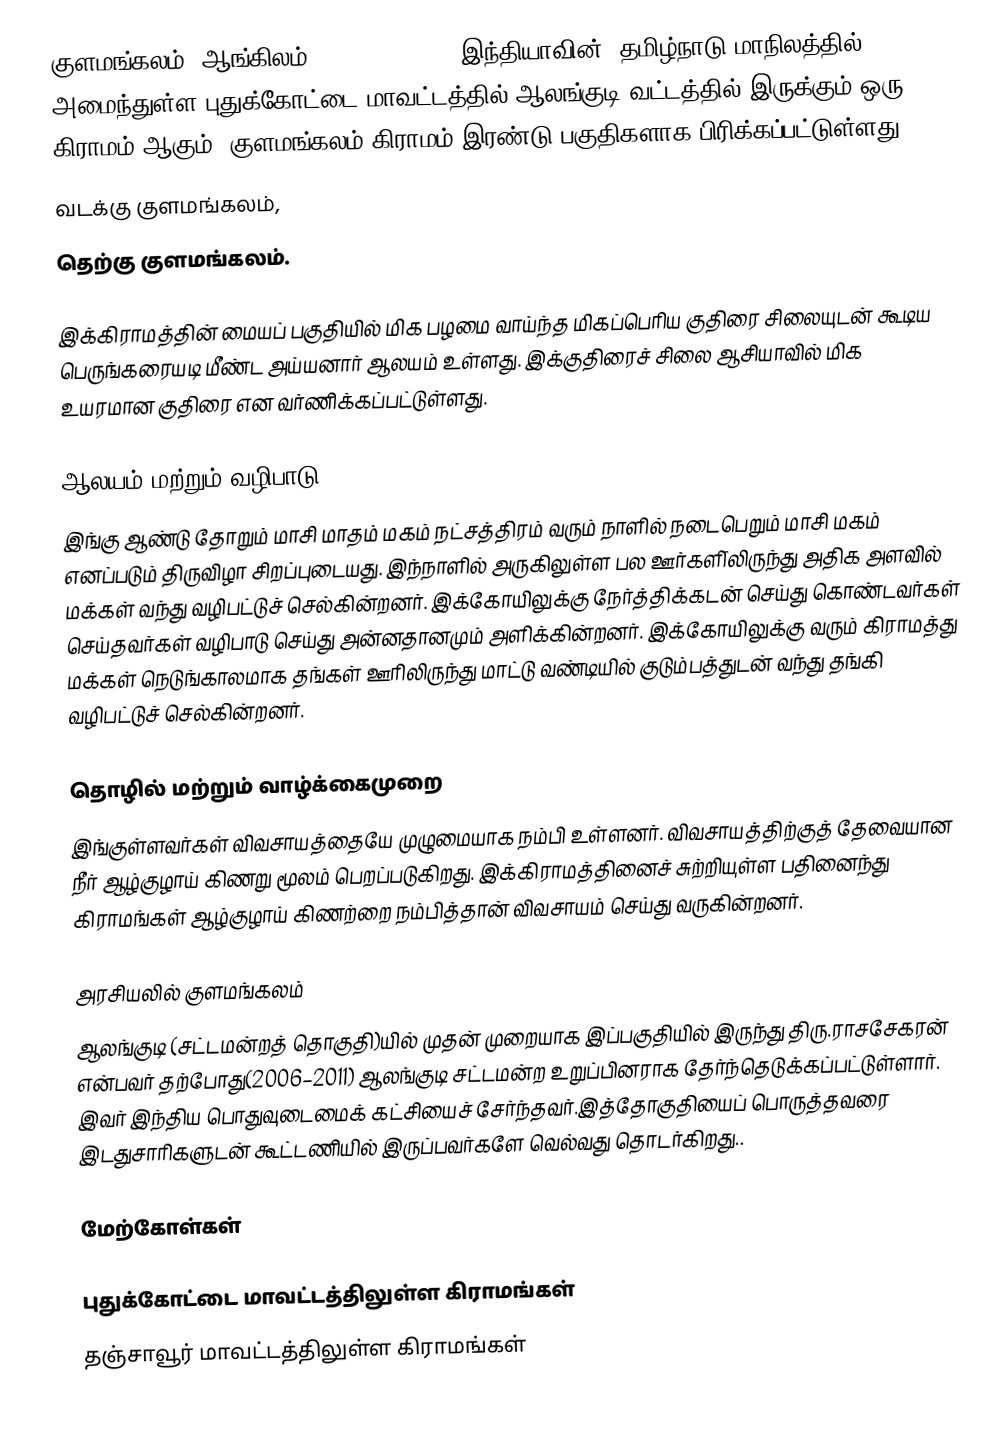
குளமங்கலம்  (ஆங்கிலம்: Kulamangalam), இந்தியாவின், தமிழ்நாடு மாநிலத்தில் அமைந்துள்ள புதுக்கோட்டை மாவட்டத்தில் ஆலங்குடி வட்டத்தில் இருக்கும் ஒரு கிராமம் ஆகும். குளமங்கலம் கிராமம் இரண்டு பகுதிகளாக பிரிக்கப்பட்டுள்ளது.
 வடக்கு குளமங்கலம்,
 தெற்கு குளமங்கலம்.

இக்கிராமத்தின் மையப் பகுதியில் மிக பழமை வாய்ந்த மிகப்பெரிய குதிரை சிலையுடன் கூடிய பெருங்கரையடி மீண்ட அய்யனார் ஆலயம் உள்ளது. இக்குதிரைச் சிலை ஆசியாவில் மிக உயரமான குதிரை என வர்ணிக்கப்பட்டுள்ளது.

ஆலயம் மற்றும் வழிபாடு
இங்கு ஆண்டு தோறும் மாசி மாதம் மகம் நட்சத்திரம் வரும் நாளில் நடைபெறும் மாசி மகம் எனப்படும் திருவிழா சிறப்புடையது. இந்நாளில் அருகிலுள்ள பல ஊர்களி்லிருந்து அதிக அளவில் மக்கள் வந்து வழிபட்டுச் செல்கின்றனர். இக்கோயிலுக்கு நேர்த்திக்கடன் செய்து கொண்டவர்கள் செய்தவர்கள் வழிபாடு செய்து அன்னதானமும் அளிக்கின்றனர். இக்கோயிலுக்கு வரும் கிராமத்து மக்கள் நெடுங்காலமாக தங்கள் ஊரிலிருந்து மாட்டு வண்டியில் குடும்பத்துடன் வந்து தங்கி வழிபட்டுச் செல்கின்றனர்.

தொழில் மற்றும் வாழ்க்கைமுறை
இங்குள்ளவர்கள் விவசாயத்தையே முழுமையாக நம்பி உள்ளனர். விவசாயத்திற்குத் தேவையான நீர் ஆழ்குழாய் கிணறு மூலம் பெறப்படுகிறது. இக்கிராமத்தினைச் சுற்றியுள்ள பதினைந்து கிராமங்கள் ஆழ்குழாய் கிணற்றை நம்பித்தான் விவசாயம் செய்து வருகின்றனர்.

அரசியலில் குளமங்கலம்
ஆலங்குடி (சட்டமன்றத் தொகுதி)யில் முதன் முறையாக இப்பகுதியில் இருந்து திரு.ராசசேகரன் என்பவர் தற்போது(2006–2011) ஆலங்குடி சட்டமன்ற உறுப்பினராக தேர்ந்தெடுக்கப்பட்டுள்ளார். இவர் இந்திய பொதுவுடைமைக் கட்சியைச் சேர்ந்தவர்.இத்தோகுதியைப் பொருத்தவரை இடதுசாரிகளுடன் கூட்டணியில் இருப்பவர்களே வெல்வது தொடர்கிறது..

மேற்கோள்கள்

புதுக்கோட்டை மாவட்டத்திலுள்ள கிராமங்கள்
தஞ்சாவூர் மாவட்டத்திலுள்ள கிராமங்கள்